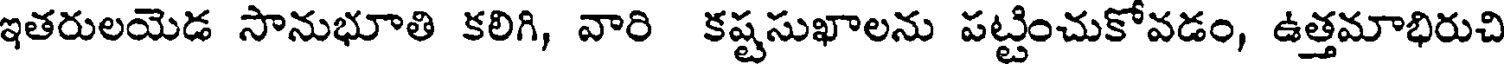
ఇతరులయెడ సానుభూతి కలిగి, వారి కష్టసుఖాలను పట్టించుకోవడం, ఉత్తమాభిరుచి